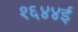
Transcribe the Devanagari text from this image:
१६४४ई